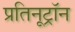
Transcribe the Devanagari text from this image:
प्रतिनूट्रॉन